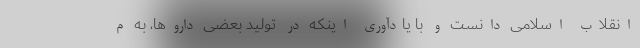
انقلاب اسلامی دانست و با یادآوری اینکه در تولید بعضی داروها، به م